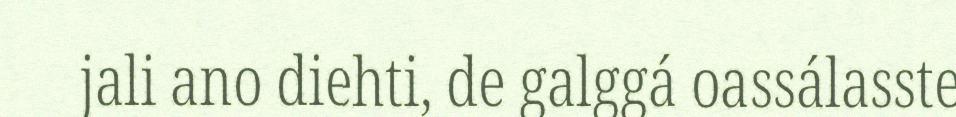
jali ano diehti, de galggá oassálasste